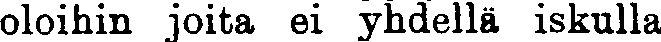
oloihin joita ei yhdellä iskulla